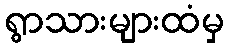
ရွာသားများထံမှ